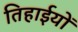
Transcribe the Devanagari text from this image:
तिहाईयों